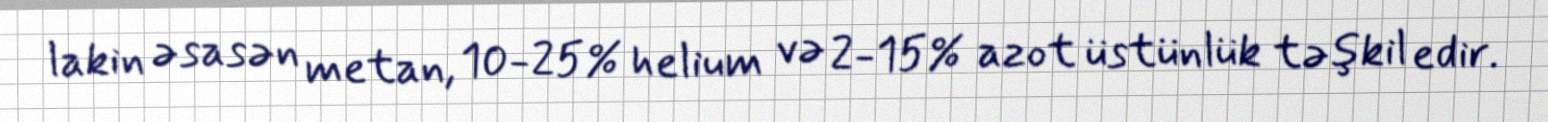
lakin əsasən metan, 10-25% helium və 2-15% azot üstünlük təşkil edir.